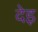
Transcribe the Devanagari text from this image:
देइ